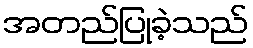
အတည်ပြုခဲ့သည်